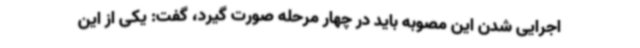
اجرایی شدن این مصوبه باید در چهار مرحله صورت گیرد، گفت: یکی از این